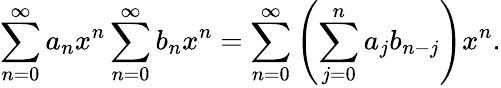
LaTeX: \sum_{n=0}^{\infty}a_{n}x^{n}\sum_{n=0}^{\infty}b_{n}x^{n}=\sum_{n=0}^{\infty}\left(\sum_{j=0}^{n}a_{j}b_{n-j}\right)x^{n}.